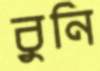
বুনি